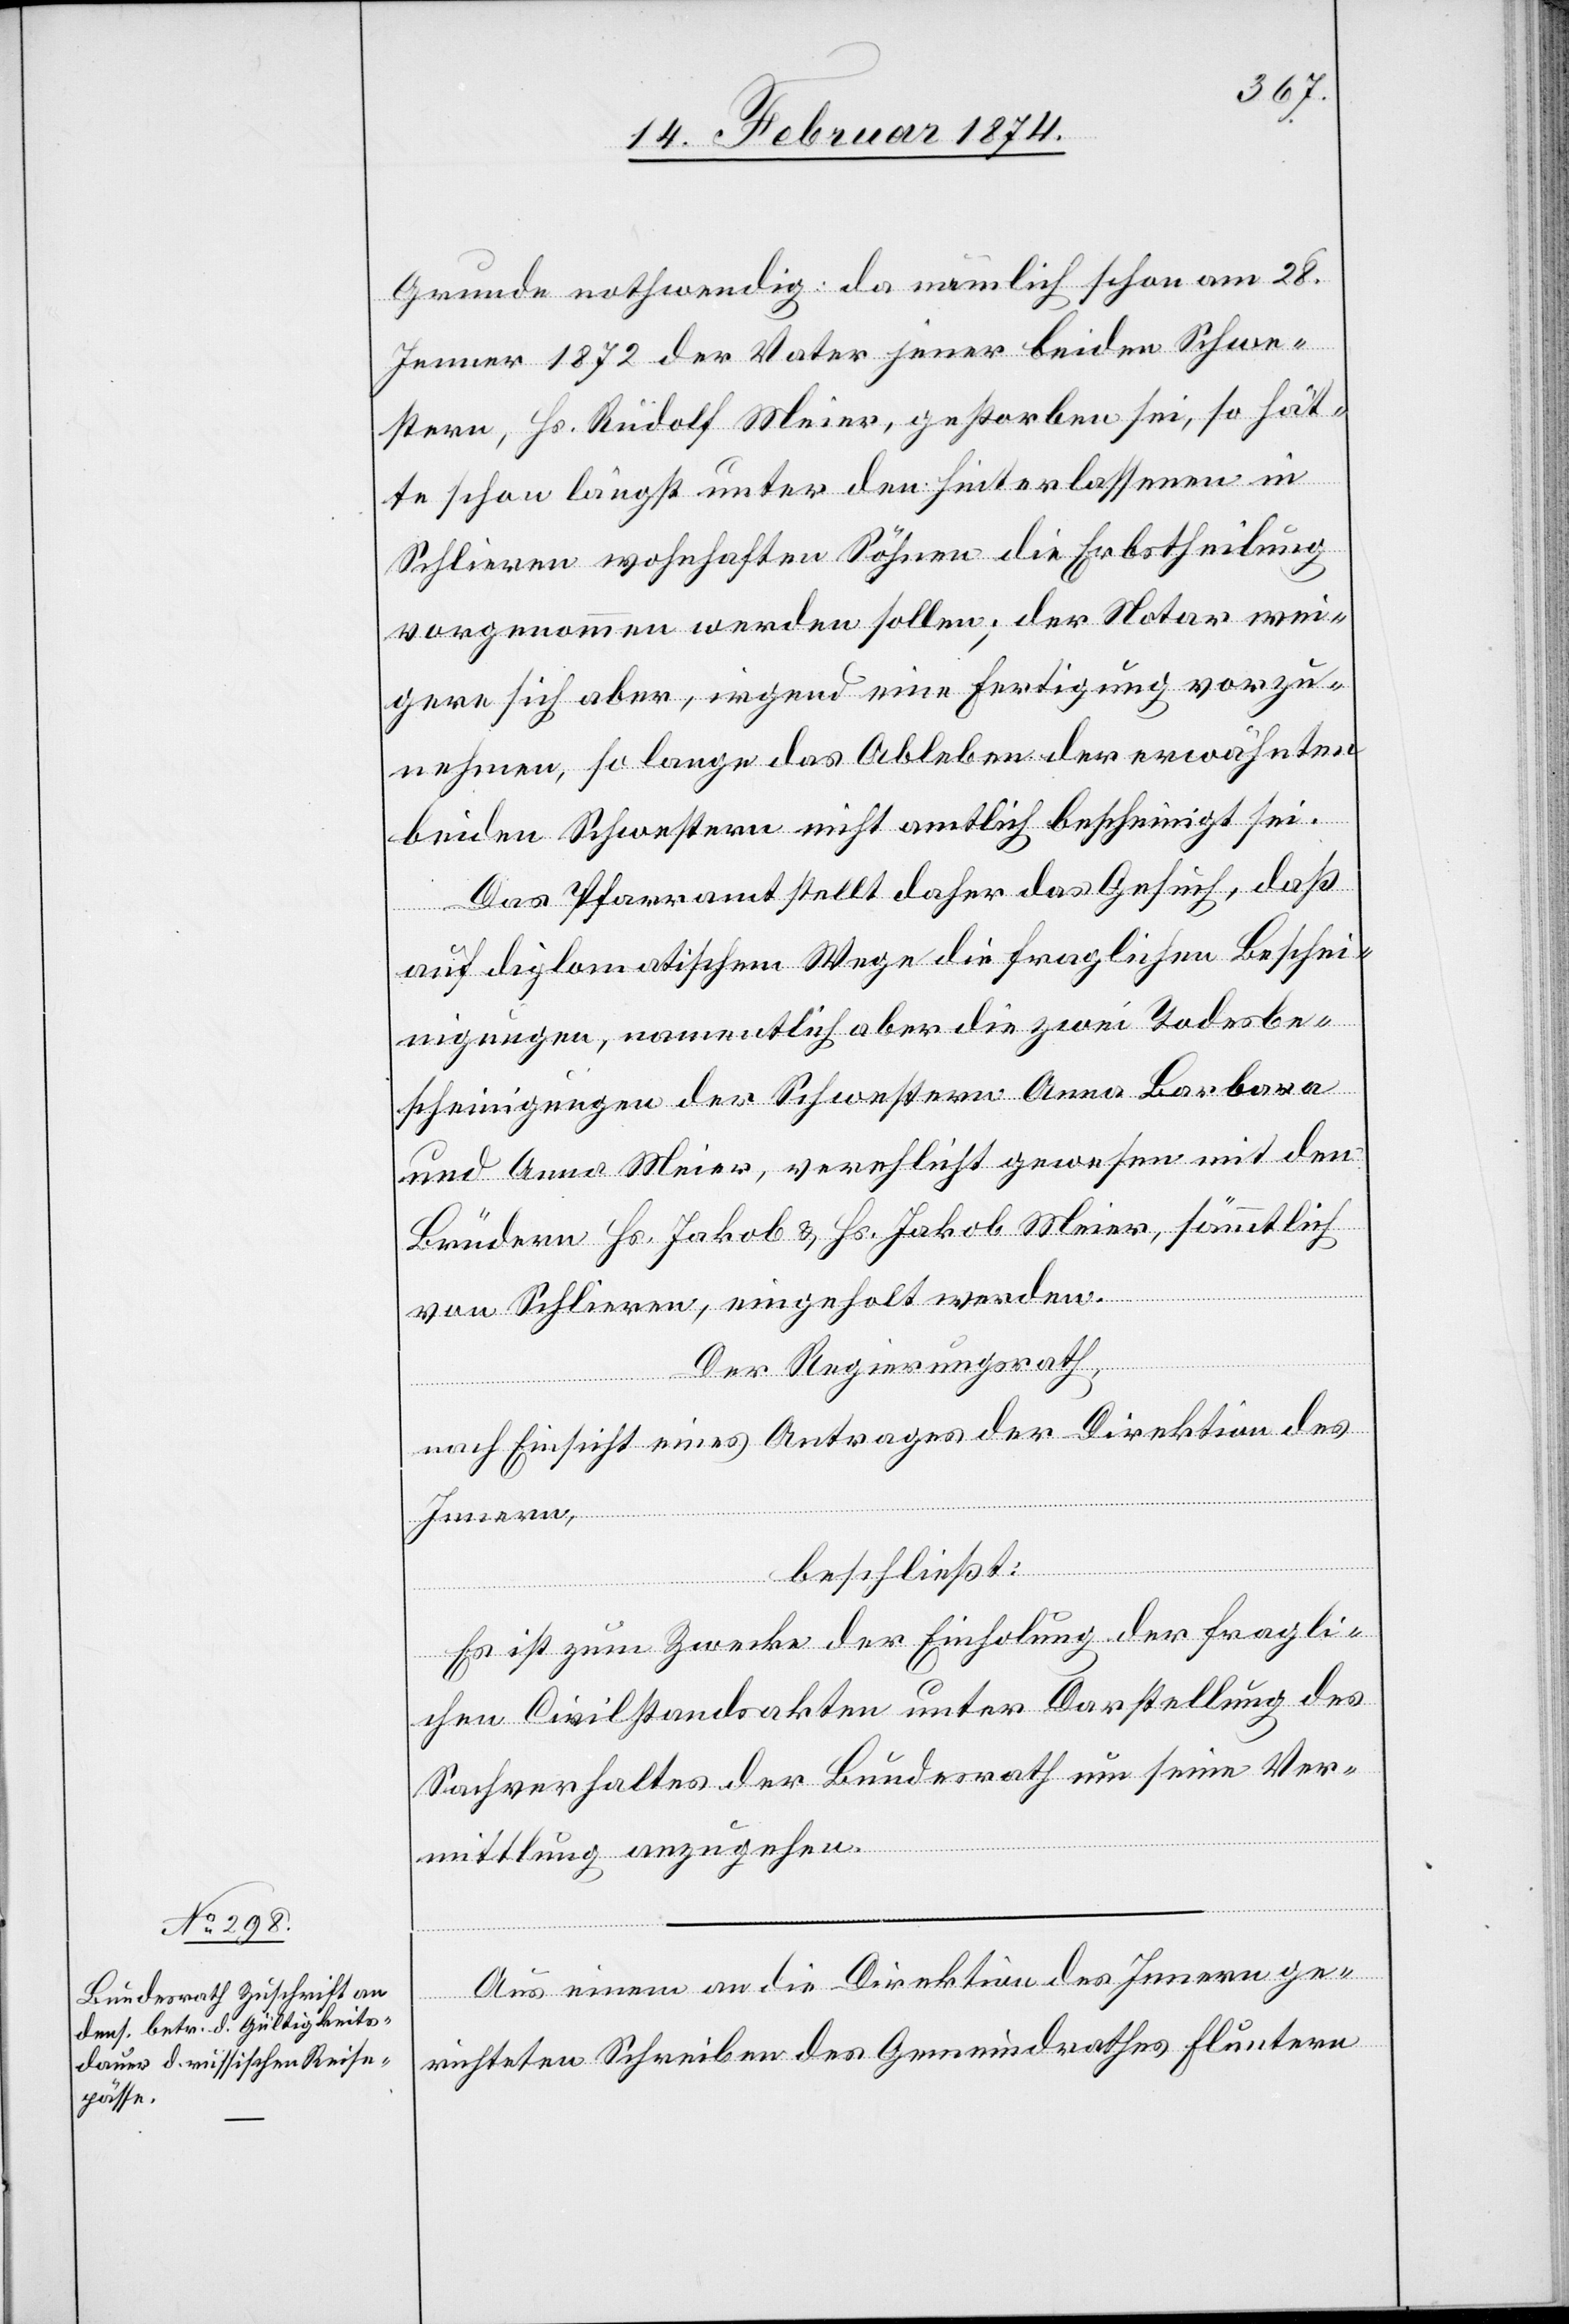
Grunde nothwendig: da nämlich schon am 28.
Jenner 1872 der Vater jener beiden Schwe¬
stern, Hs. Rudolf Meier, gestorben sei, so hät¬
te schon längst unter den Hinterlassenen in
Schlieren wohnhaften Söhnen die Erbstheilung
vorgenommen werden sollen; der Notar wei¬
gere sich aber, irgend eine Fertigung vorzu¬
nehmen, so lange das Ableben der erwähnten
beiden Schwestern nicht amtlich bescheinigt sei.
Das Pfarramt stellt daher das Gesuch, daß
auf diplomatischem Wege die fraglichen Besche¬
inigungen, namentlich aber die zwei Todesbe¬
scheinigungen der Schwestern Anna Barbara
und Anna Meier, verehlicht gewesen mit den
Brüdern Hs. Jakob u. Hs. Jakob Meier, sämmtlich
beiden
von Schlieren, eingeholt werden.
Der Regierungsrath,
nach Einsicht eines Antrages der Direktion des
Innern,
beschließt:
Es ist zum Zwecke der Einholung der fragli¬
chen Civilstandsakten unter Darstellung des
Sachverhaltes der Bundesrath um seine Ver¬
mittlung anzugehen.
Aus einem an die Direktion des Innern ge¬
richteten Schreiben des Gemeindrathes Fluntern